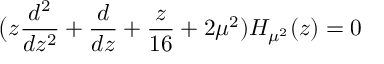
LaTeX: \bigl ( z { \frac { d ^ { 2 } } { d z ^ { 2 } } } + { \frac { d } { d z } } + { \frac { z } { 1 6 } } + 2 \mu ^ { 2 } ) H _ { \mu ^ { 2 } } ( z ) = 0